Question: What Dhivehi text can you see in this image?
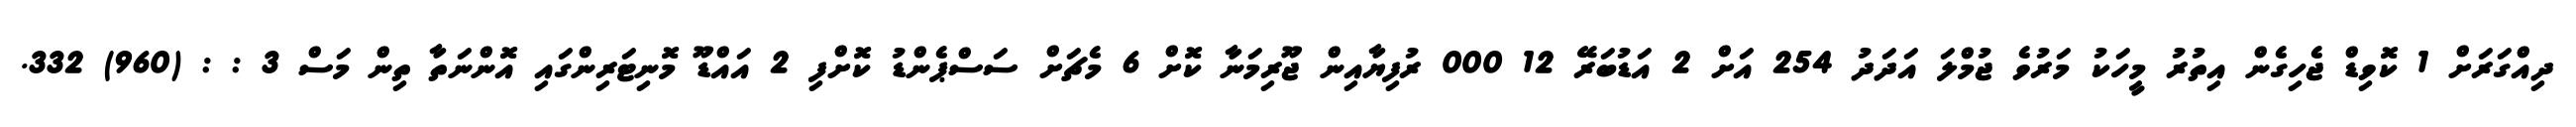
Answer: ދިއްގަރަށް 1 ކޮވިޑް ޖެހިގެން އިތުރު މީހަކު މަރުވެ ޖުމްލަ އަދަދު 254 އަށް 2 އަޑުބަރޭ 12 000 ރުފިޔާއިން ޖޫރިމަނާ ކޮށް 6 މެޗަށް ސަސްޕެންޑު ކޮށްފި 2 އައްޑޫ މޮނިޓަރިންގައި އޮންނަތާ ތިން މަސް 3 : : (960) 332.